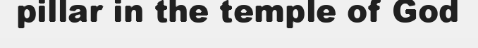
pillar in the temple of God